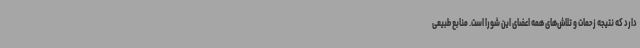
دارد که نتیجه زحمات و تلاش‌های همه اعضای این شورا است. منابع طبیعی